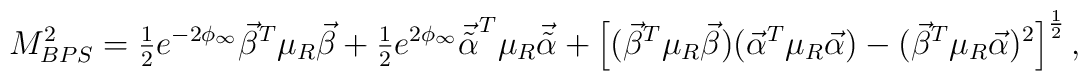
M_{BPS}^2 ={\textstyle{1\over 2} }e^{-2\phi_\infty} {\vec \beta}^T \mu_R{\vec \beta} +{\textstyle{1\over 2}}e^{2\phi_\infty}{\vec {\tilde\alpha}^T} \mu_R{\vec {\tilde\alpha}}+ \left [({\vec \beta}^T\mu_R{\vec \beta})({\vec \alpha}^T\mu_R{\vec \alpha})-({\vec \beta}^T\mu_R{\vec \alpha})^2\right]^{1\over 2},